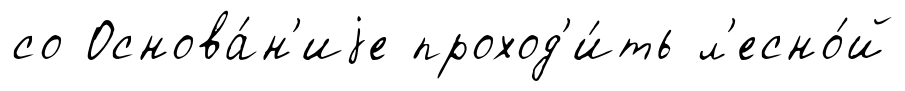
со Основа́н'иjе проход'и́ть л'есно́й